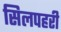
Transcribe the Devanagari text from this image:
सिलपहरी